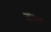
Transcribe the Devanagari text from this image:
जीजे